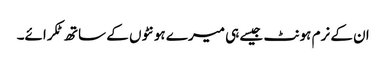
ان کے نرم ہونٹ جیسے ہی میرے ہونٹوں کے ساتھ ٹکرائے۔